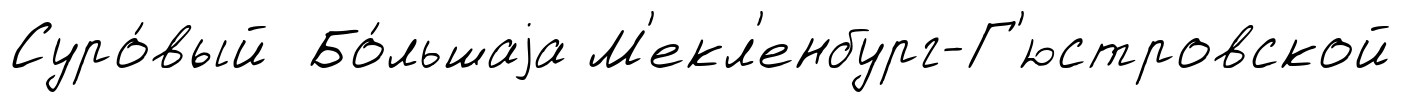
Суро́вый Бо́льшаjа М'екл'енбург-Г'юстровской